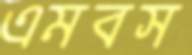
এমবস